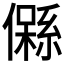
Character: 𱏙